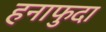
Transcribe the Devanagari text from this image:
हनाफुदा